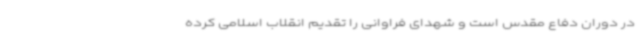
در دوران دفاع مقدس است و شهدای فراوانی را تقدیم انقلاب اسلامی کرده